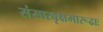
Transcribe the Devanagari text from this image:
संसारवृक्षमारूढाः